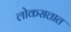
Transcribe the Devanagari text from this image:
लोकसत्तात